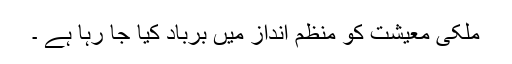
ملکی معیشت کو منظم انداز میں برباد کیا جا رہا ہے ۔